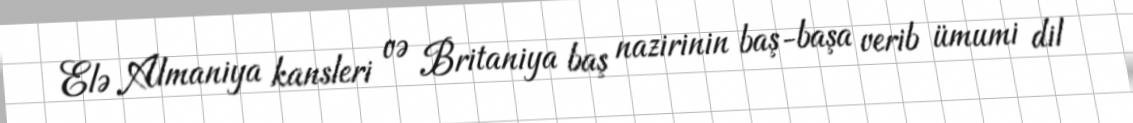
Elə Almaniya kansleri və Britaniya baş nazirinin baş-başa verib ümumi dil